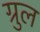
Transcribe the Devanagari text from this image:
ग्रुल